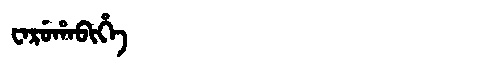
Manchu: ᠸᠠᡵᡠᡥᠠᠪᡳᡥᡝ
Romanization: WARUHABIHE